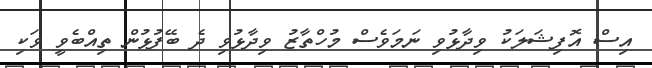
އިސް އޮފިޝަލަކު ވިދާޅުވި ނަމަވެސް މުހްތާޒު ވިދާޅުވި ދެ ބޭފުޅުން ތިއްބެވީ ވަކި